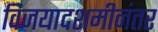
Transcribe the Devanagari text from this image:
विजयादशमीनंतर